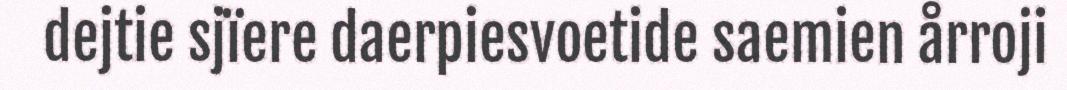
dejtie sjïere daerpiesvoetide saemien årroji